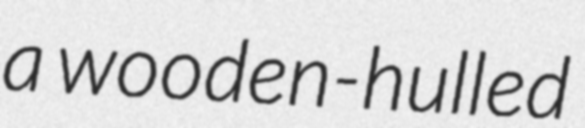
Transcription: a wooden‑hulled